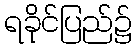
ရခိုင်ပြည်၌